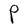
Character: P